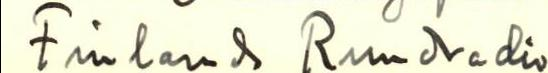
Finlands Rundradio